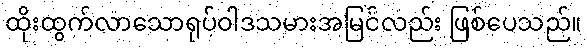
ထိုးထွက်လာသောရုပ်ဝါဒသမားအမြင်လည်း ဖြစ်ပေသည်။